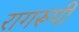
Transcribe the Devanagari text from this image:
रागरूपी